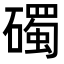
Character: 𥖠